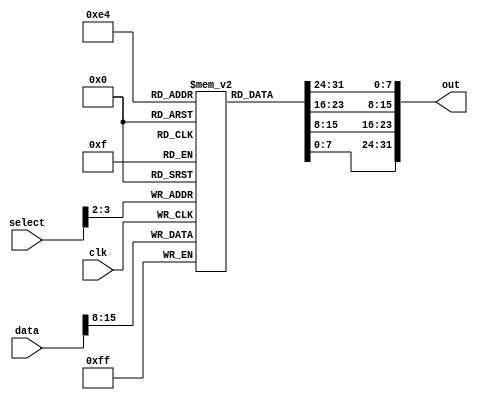
module always_lval_nested_select(
	input         clk,
	input  [3:0]  select,
	input  [15:0] data,
	output [31:0] out
);

reg [7:0] mem [3:0];

always @(posedge clk) begin
	mem[select[3:2]] <= data[15:08];
end

assign out = {mem[0], mem[1], mem[2], mem[3]};

endmodule